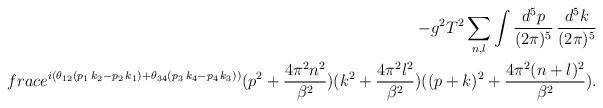
LaTeX: \begin{align*}-g^2T^2\sum_{n,l}\int \frac{d^5p}{(2\pi)^5}\,\frac{d^5k}{(2\pi)^5}\\frac{e^{i(\theta_{12}(p_1\, k_2-p_2\, k_1)+\theta_{34}(p_3\, k_4-p_4\, k_3))}}{(p^2+\frac{4\pi^2 n^2}{\beta^2})(k^2+\frac{4\pi^2 l^2}{\beta^2})( (p+k)^2+\frac{4\pi^2 (n+l)^2}{\beta^2})}.\end{align*}